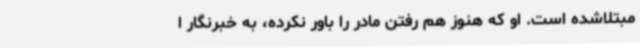
مبتلاشده است. او که هنوز هم رفتن مادر را باور نکرده، به خبرنگار ا